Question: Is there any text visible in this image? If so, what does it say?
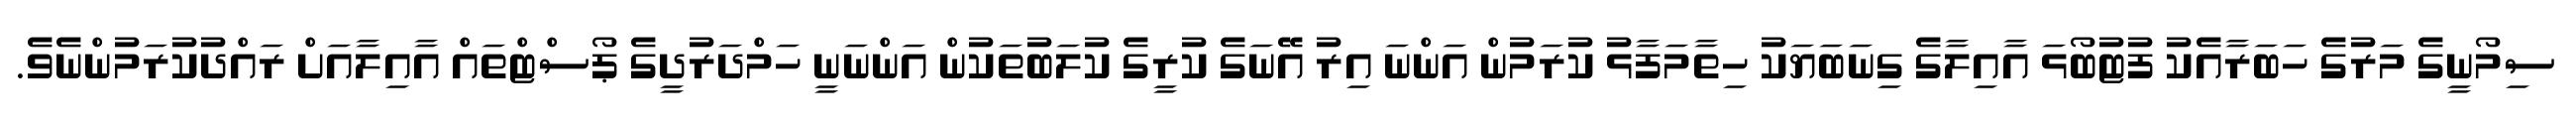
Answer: ސިމޯނީގެ މަރުގެ ހަބަރާއެކު ފުޓުބޯޅަ އާއިލާގެ ގިނަބަޔަކު ހިތާމަފާޅު ކުރަމުން އަންނަ އިރު އޭނަގެ ކުރީގެ ކުލަބުތަކުން އަންނަނީ ހަމްދަރުދީގެ ޕޯސްޓްތައް އާއިލާއަށް ރައްދުކުރަމުންނެވެ.